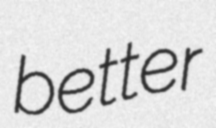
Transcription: better